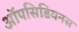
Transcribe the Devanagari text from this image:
ऑपसिडियनस